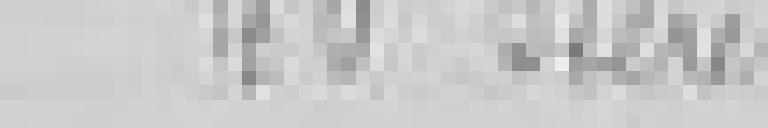
40 stères